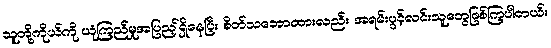
သူတို့ကိုယ်ကို ယုံကြည်မှုအပြည့်ရှိနေပြီး စိတ်သဘောထားလည်း အရမ်းပွင့်လင်းသူတွေဖြစ်ကြပါတယ်။